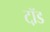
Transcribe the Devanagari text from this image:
टॉ़ड